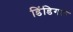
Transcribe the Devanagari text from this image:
डिंडिगल